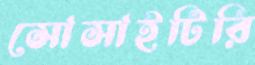
সোসাইটিরি